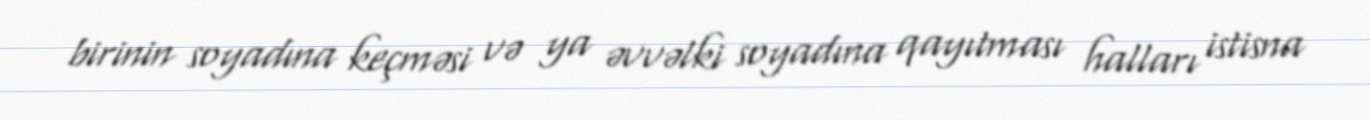
birinin soyadına keçməsi və ya əvvəlki soyadına qayıtması halları istisna